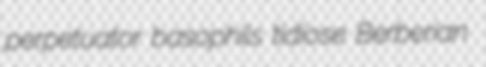
perpetuator basophils tidiose Berberian